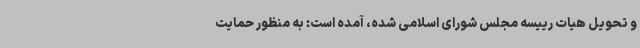
و تحویل هیات رییسه مجلس شورای اسلامی شده، آمده است: به منظور حمایت